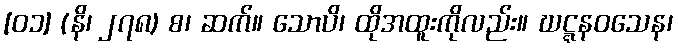
[၀၁] (နိ၊ ၂၇၈) စ၊ ဆက်။ သောပိ၊ ထိုအထူးကိုလည်း။ ဃဋ္ဋနဝသေန၊